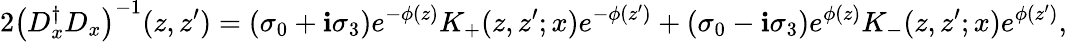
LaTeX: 2\left(D_{x}^{\dagger}D_{x}\right)^{-1}(z,z^{\prime})=(\sigma_{0}+\mathbf{i}\sigma_{3})e^{-\phi(z)}K_{+}(z,z^{\prime};x)e^{-\phi(z^{\prime})}+(\sigma_{0}-\mathbf{i}\sigma_{3})e^{\phi(z)}K_{-}(z,z^{\prime};x)e^{\phi(z^{\prime})},